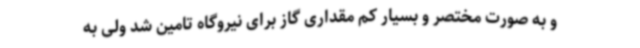
و به صورت مختصر و بسیار کم مقداری گاز برای نیروگاه تامین شد ولی به